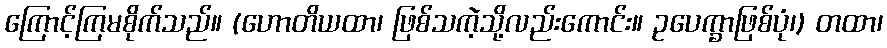
ကြောင့်ကြမစိုက်သည်။ (ဟောတိယထာ၊ ဖြစ်သကဲ့သို့လည်းကောင်း။ ဥပေက္ခာဖြစ်ပုံ၊) တထာ၊